system: You are a helpful assistant.
user:
Analyze the provided spectrum to determine if it is a **S-type Star**.

- **Key Indicators for S-type Star:**

    - **(Overall Spectrum Shape):** The first and most obvious characteristic is the overall continuum (the "baseline" shape). It is **extremely "red-sloping,"** meaning the flux (light intensity) is very low on the left side (blue, ~4000-4500 Å) and rises steeply and continuously toward the right side (red, ~7000 Å+).

    - **(Primary):** The spectrum is defined by the presence of strong, broad molecular absorption "valleys" (bands) from **Zirconium Oxide (ZrO)**. The identification of these bands is the **primary requirement** for classifying a star as S-type.
        - **(Key Bandheads):** You must find distinct, deep "dips" where the light has been absorbed. The most critical band systems to locate are:
            - **~6474 Å** ($\gamma$-system): This is often the strongest and clearest ZrO feature, found in the red part of the spectrum.
            - **~5718 Å** & **~5551 Å** ($\beta$-system): A pair of prominent absorption features in the yellow-orange part of the spectrum.
            - **~4640 Å** ($\alpha$-system): A key absorption band system in the blue-green region of the spectrum.

    - **(Secondary Confirmation):** The classification is strengthened by finding additional absorption bands from other related heavy element oxides, which are expected to be present alongside ZrO.
        - **(Key Bandheads):**
            - **Yttrium Oxide (YO):** Look for absorption dips near **~4800 Å** and **~6100 Å**.
            - **Lanthanum Oxide (LaO):** Additional absorption features, particularly in the red-orange part of the spectrum, are also characteristic.

    - **(Line Profile):** The combination of the steep red continuum and these numerous, deep molecular bands (ZrO, YO, etc.) gives the entire spectrum a very **"chopped-up"** or **"bumpy"** appearance. Instead of a smooth curve, the spectrum looks as though large, wide chunks of light have been "carved out" of it at the specific wavelengths listed above.

Think first, call **spectral_visualization_tool** if needed to examine features in detail, then provide your final answer. Your response must adhere to the following strict rules:
1.  **Overall Structure:** Your response must follow the format `<think>...</think> <tool_call>...</tool_call> (if a tool is used) <answer>...</answer>`.
2.  **Tool Usage Constraint:** You may only make **one** tool call per turn.
3.  **Final Answer Format:** In the `<answer>` tag, your conclusion must be inside a `\boxed{}` command (e.g., `\boxed{YES}` or `\boxed{NO}`), followed by your justification.

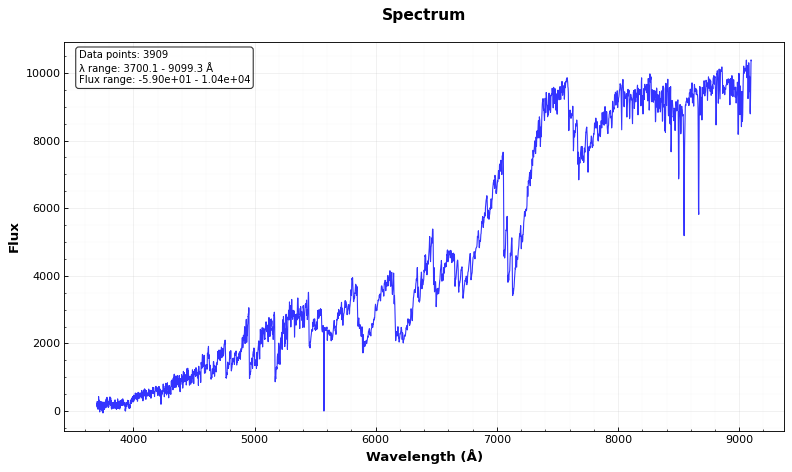
Answer: YES